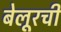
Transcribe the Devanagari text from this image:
बेलूरची